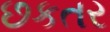
છકતર